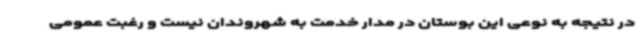
در نتیجه به نوعی این بوستان در مدار خدمت به شهروندان نیست و رغبت عمومی